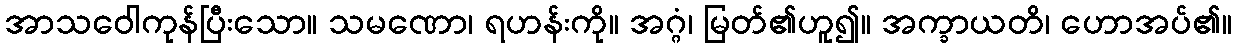
အာသဝေါကုန်ပြီးသော။ သမဏော၊ ရဟန်းကို။ အဂ္ဂံ၊ မြတ်၏ဟူ၍။ အက္ခာယတိ၊ ဟောအပ်၏။